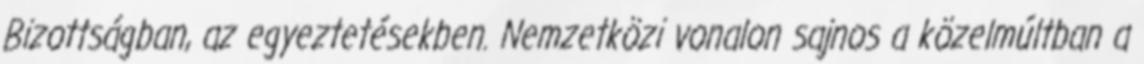
Bizottságban, az egyeztetésekben. Nemzetközi vonalon sajnos a közelmúltban a